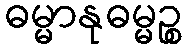
ဓမ္မာနုဓမ္မဉ္စ